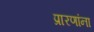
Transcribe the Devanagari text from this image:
प्रारणांना